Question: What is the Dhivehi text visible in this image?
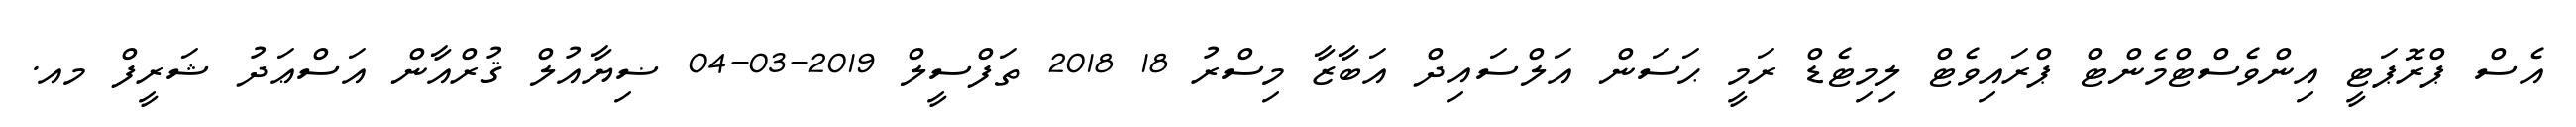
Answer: އެސް ޕްރޮޕަޓީ އިންވެސްޓްމެންޓް ޕްރައިވެޓް ލިމިޓެޑް ރަމީ ޙަސަން އަލްސައިދް އަބާޒާ މިސްރު 18 2018 ތަފްސީލް 2019-03-04 ޟިޔާއުލް ޤުރްއާން އަސްޢަދު ޝަރީފް މއ.